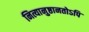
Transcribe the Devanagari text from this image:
नित्यानुष्ठानतोऽपि